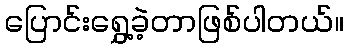
ပြောင်းရွှေ့ခဲ့တာဖြစ်ပါတယ်။